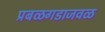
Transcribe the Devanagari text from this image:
प्रबळगडाजवळ